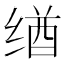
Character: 𬘶